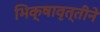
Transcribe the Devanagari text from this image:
भिक्षावृत्तीने